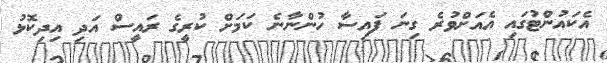
އެކައުންޓުގައި އެއަށްވުރެ ގިނަ ފައިސާ ހުންނާނެ ކަމަށް ކުރީގެ ރައީސް އަދި އިދިކޮޅު